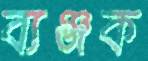
ব্যঞ্জক